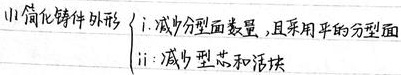
(1)简化铸件外形
i. 减少分型面数量，且采用平的分型面
ii. 减少型芯和活块